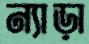
ন্যাড়া